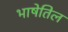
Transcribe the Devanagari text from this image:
भाषेतिल